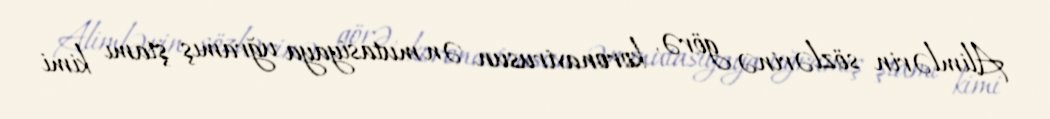
Alimlərin sözlərinə görə, koronavirusun ən mutasiyaya uğramış ştamı kimi